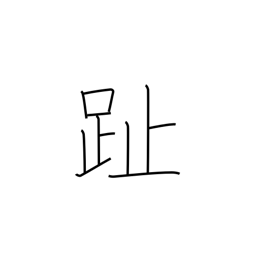
Meaning: footprint